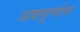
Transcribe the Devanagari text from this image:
अन्नपूर्णावर